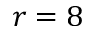
r = 8